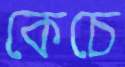
কেচে